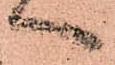
へ